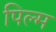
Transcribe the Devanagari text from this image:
पिल्म